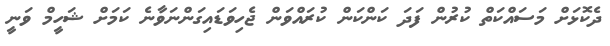
ދެކޮޅަށް މަސައްކަތް ކުރުން ފަދަ ކަންކަން ކުރައްވަން ޖެހިވަޑައިގަންނަވާނެ ކަމަށް ޝަހީމް ވަނީ